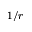
1 / r